Sketch of the medical history of the native army of Bombay, for the year
Year: 1875
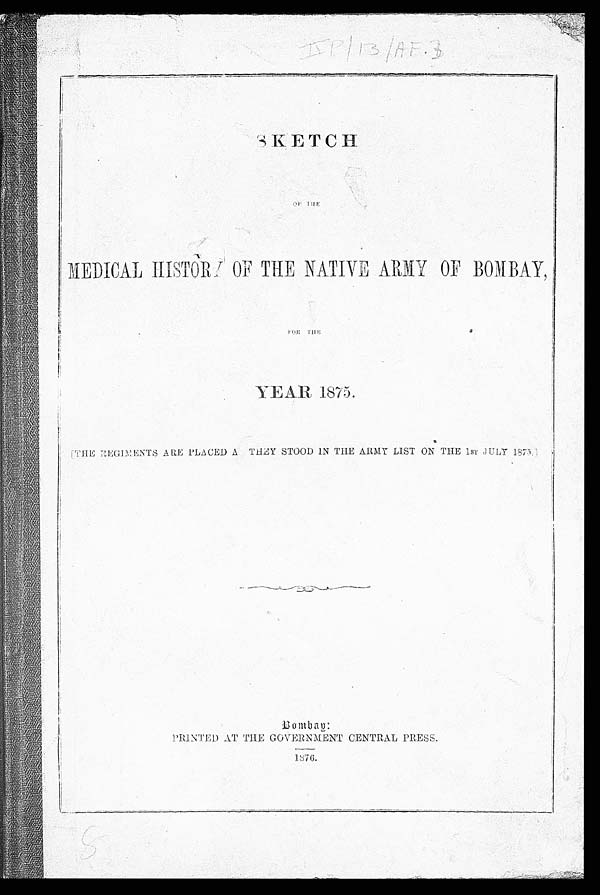
MEDICAL HISTORY OF THE NATIVE ARMY OF BOMBAY,
FOR THE
YEAR 1875.
[THE REGIMENTS ARE PLACED A THEY STOOD IN THE ARMY LIST ON THE 1ST JULY 1875.]
Bombay:
PRINTED AT THE GOVERNMENT CENTRAL PRESS.
1876.